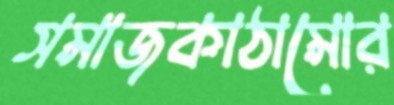
সমাজকাঠামোর